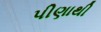
પીણાથી